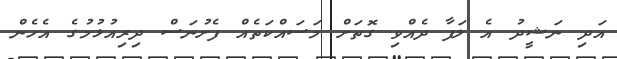
އަދި ނަޝީދު އެ ލަފާ ދެއްވި ގޮތަށް މަސައްކަތެއް ފެށުނަސް ދިރިއުޅުމުގެ އެހެން